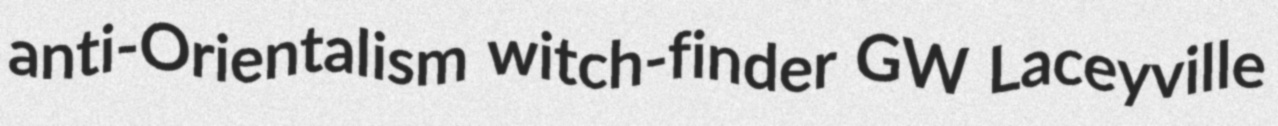
anti-Orientalism witch-finder GW Laceyville